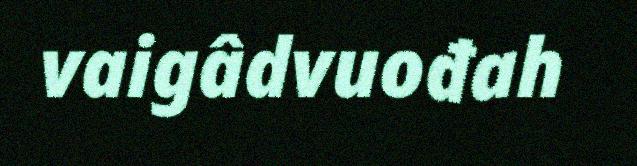
vaigâdvuođah